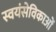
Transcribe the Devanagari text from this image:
स्वयंसेविकाओं